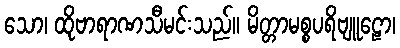
သော၊ ထိုဗာရာဏသီမင်းသည်။ မိတ္တာမစ္စပရိဗျူဠော၊